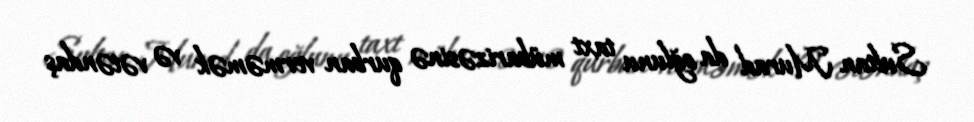
Sultan Murad da oğlunu taxt mübarizəsinə qurban verməmək və vətəndaş